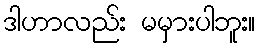
ဒါဟာလည်း မမှားပါဘူး။